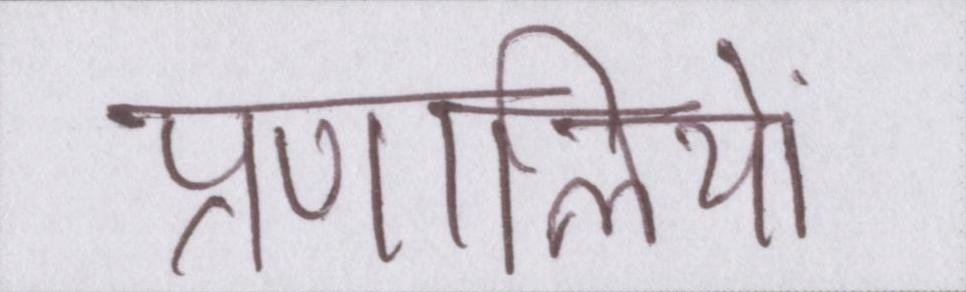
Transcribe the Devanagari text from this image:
प्रणालियों